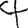
Digit: 4